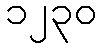
၁၂၃၀